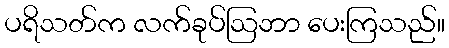
ပရိသတ်က လက်ခုပ်ဩဘာ ပေးကြသည်။